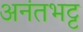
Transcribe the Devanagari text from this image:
अनंतभट्ट